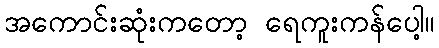
အကောင်းဆုံးကတော့ ရေကူးကန်ပေါ့။